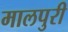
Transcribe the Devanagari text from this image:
मालपुरी